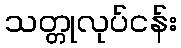
သတ္တုလုပ်ငန်း